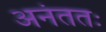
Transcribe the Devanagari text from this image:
अनंततः